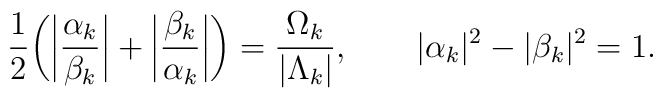
\frac{1}{2}\bigg(         \bigg|\frac{\alpha_{{k}}}{\beta_{{k}}}\bigg|       + \bigg|\frac{\beta_{{k}}}{\alpha_{{k}}}\bigg|     \bigg)  =      \frac{\Omega_{{k}}}{|\Lambda_{{k}}|},\qquad        |\alpha_{{k}}|^{2}-|\beta_{{k}}|^{2}=1.